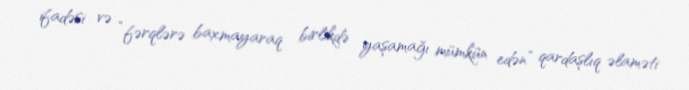
ifadəsi və “fərqlərə baxmayaraq birlikdə yaşamağı mümkün edən” qardaşlıq əlaməti